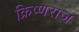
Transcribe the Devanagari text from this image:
क्रिष्णराज